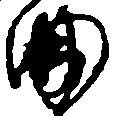
曲